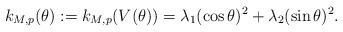
LaTeX: \begin{align*} k_{M,p}(\theta) := k_{M,p}(V(\theta)) = \lambda_1(\cos\theta)^2 + \lambda_2(\sin\theta)^2.\end{align*}